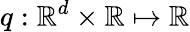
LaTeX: q:\mathbb{R}^{d}\times\mathbb{R}\mapsto\mathbb{R}